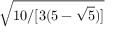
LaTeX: \sqrt { 1 0 / [ 3 ( 5 - { \sqrt { 5 } } ) ] }